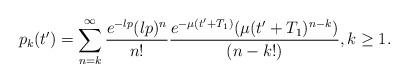
LaTeX: \begin{align*} p_k(t')=\sum_{n=k}^{\infty}\frac{e^{-\l p} (\l p)^n}{n!}\frac{e^{-\mu(t'+T_1)}(\mu(t'+T_1)^{n-k})}{(n-k!)},k\geq 1. \end{align*}